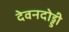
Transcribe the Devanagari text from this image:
देवनदोड्डी